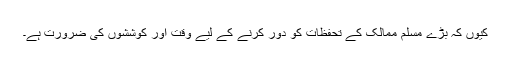
کیوں کہ بڑے مسلم ممالک کے تحفظات کو دور کرنے کے لیے وقت اور کوششوں کی ضرورت ہے۔